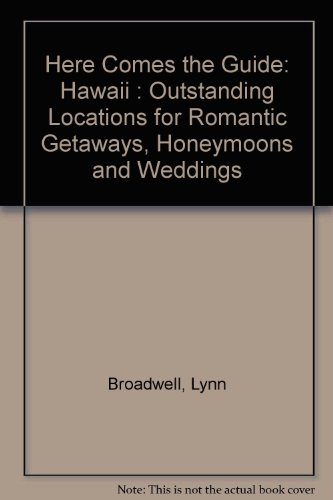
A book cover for Here Comes the Guide: Hawaii : Outstanding Locations for Romantic Getaways, Honeymoons and Weddings; Lynn Broadwell; Crafts, Hobbies & Home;